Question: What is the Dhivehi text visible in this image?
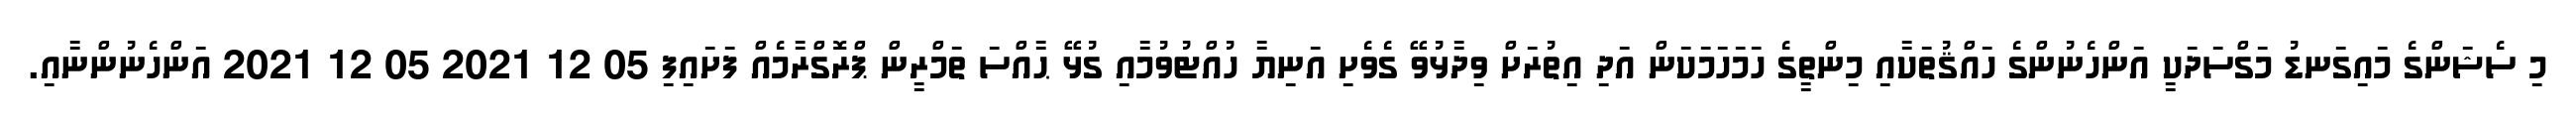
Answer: މި ސެޝަންގެ މައިގަނޑު މަގްސަދަކީ އަންހެނުންގެ ހައްޤުތަކާއި މިންތީގެ ހަމަހަމަކަން އަދި އިތުރަށް ވިދާޅުވޭ ގެވެށި އަނިޔާ ހުއްޓުވުމާއި ގުޅޭ ޙާއްސަ ތަމްރީން ޕްރޮގްރާމެއް ފަށައިފި 05 12 2021 05 12 2021 އަންހެނުންނާއި.